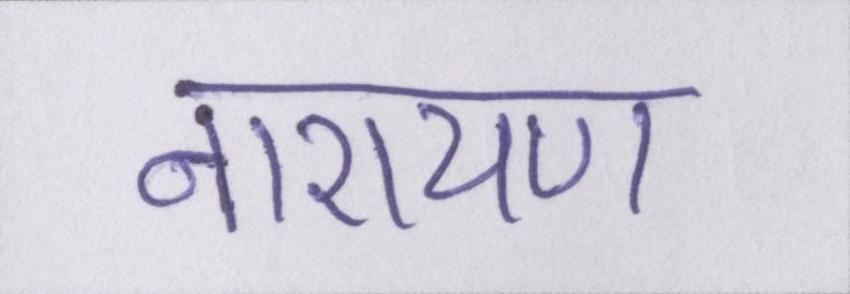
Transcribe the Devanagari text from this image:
नारायण